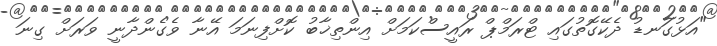
"އަޅުގަނޑު ދެކޭގޮތުގައި ޓްރަމްޕް ރައީސްކަމަށް އިންތިޚާބު ކޮށްފިނަމަ އޭނާ ވެގެންދާނީ ވަރަށް ގިނަ